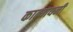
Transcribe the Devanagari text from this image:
कात्‍यायनी